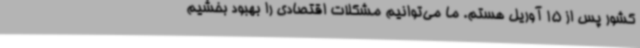
کشور پس از 15 آوریل هستم. ما می‌توانیم مشکلات اقتصادی را بهبود بخشیم